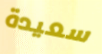
سعيدة